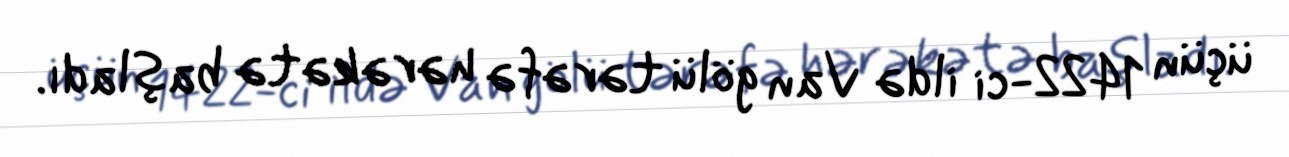
üçün 1422-ci ildə Van gölü tərəfə hərəkətə başladı.